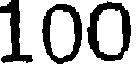
100